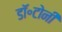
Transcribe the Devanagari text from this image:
डॉ॰टोनी